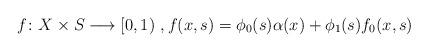
LaTeX: \begin{align*}f\colon X\times S\longrightarrow[0,1)~,f(x,s) = \phi_0(s) \alpha(x)+\phi_1(s)f_0(x,s)\end{align*}